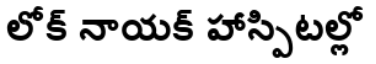
లోక్ నాయక్ హాస్పిటల్లో